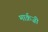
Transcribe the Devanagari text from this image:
मार्क़ज़ी